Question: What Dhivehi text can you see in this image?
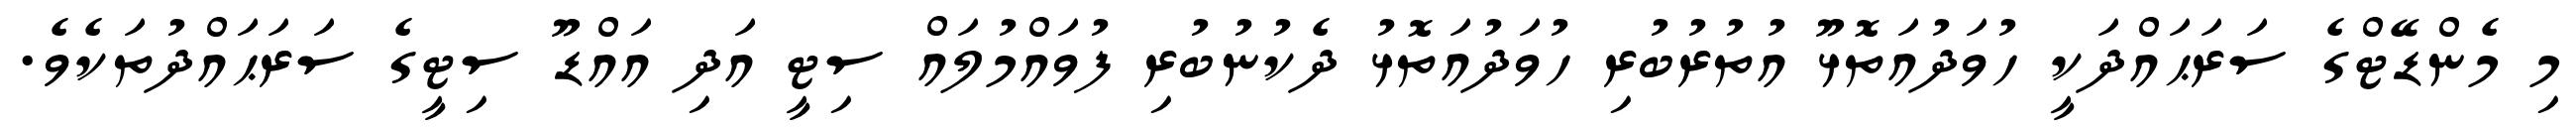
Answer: މި މެންޑޭޓްގެ ސަރަޙައްދަކީ ހުވަދުއަތޮޅޫ އުތުރުބުރި ހުވަދުއަތޮޅު ދެކުނުބުރި ފުވައްމުލައް ސިޓީ އަދި އައްޑޫ ސިޓީގެ ސަރަޙައްދުތަކެވެ.